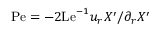
\mathrm { P e } = - 2 \mathrm { L e } ^ { - 1 } u _ { r } X ^ { \prime } / \partial _ { r } X ^ { \prime }